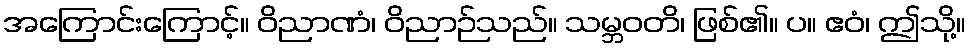
အကြောင်းကြောင့်။ ဝိညာဏံ၊ ဝိညာဉ်သည်။ သမ္ဘဝတိ၊ ဖြစ်၏။ ပ။ ဧဝံ၊ ဤသို့။